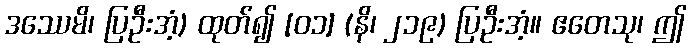
ဒဿေမိ၊ ပြဦးအံ့) ထုတ်၍ [၀၁] (နိ၊ ၂၁၉) ပြဦးအံ့။ ဧတေသု၊ ဤ